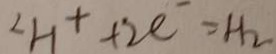
2 H ^ { + } + 2 e ^ { - } = H _ { 2 }